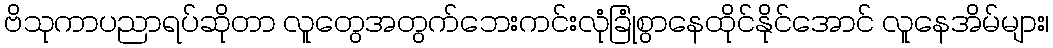
ဗိသုကာပညာရပ်ဆိုတာ လူတွေအတွက်ဘေးကင်းလုံခြုံစွာနေထိုင်နိုင်အောင် လူနေအိမ်များ၊